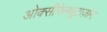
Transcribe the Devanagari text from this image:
ओक्सीफेनबूटाज़ोन